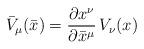
LaTeX: \begin{align*}{\bar{V}}_{\mu }(\bar{x})=\frac{\partial x^{\nu }}{\partial {\bar{x}}^{\mu }}\, V_{\nu }(x)\end{align*}